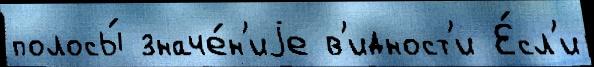
полосы́ значе́н'иjе в'идност'и Е́сл'и